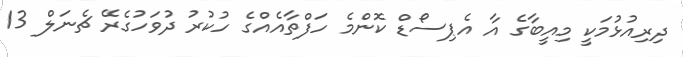
ދިރިއުޅުމަކީ މިއީބާގެ އާ އެޕިސޯޑް ކޮންމެ ހަފްތާއެއްގެ ހުކުރު ދުވަހުގެރޭ ޗެނަލް 13